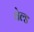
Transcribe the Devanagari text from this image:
वेल्‍ड